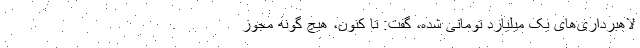
لاهبرداری‌های یک میلیارد تومانی شده، گفت: تا کنون، هیچ گونه مجوز